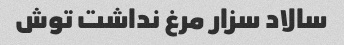
سالاد سزار مرغ نداشت توش